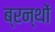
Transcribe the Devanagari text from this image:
ब्रन्थों